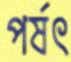
পর্ষৎ